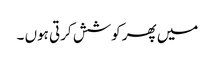
میں پھر کوشش کرتی ہوں ۔